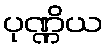
ပုဏ္ဏိယ